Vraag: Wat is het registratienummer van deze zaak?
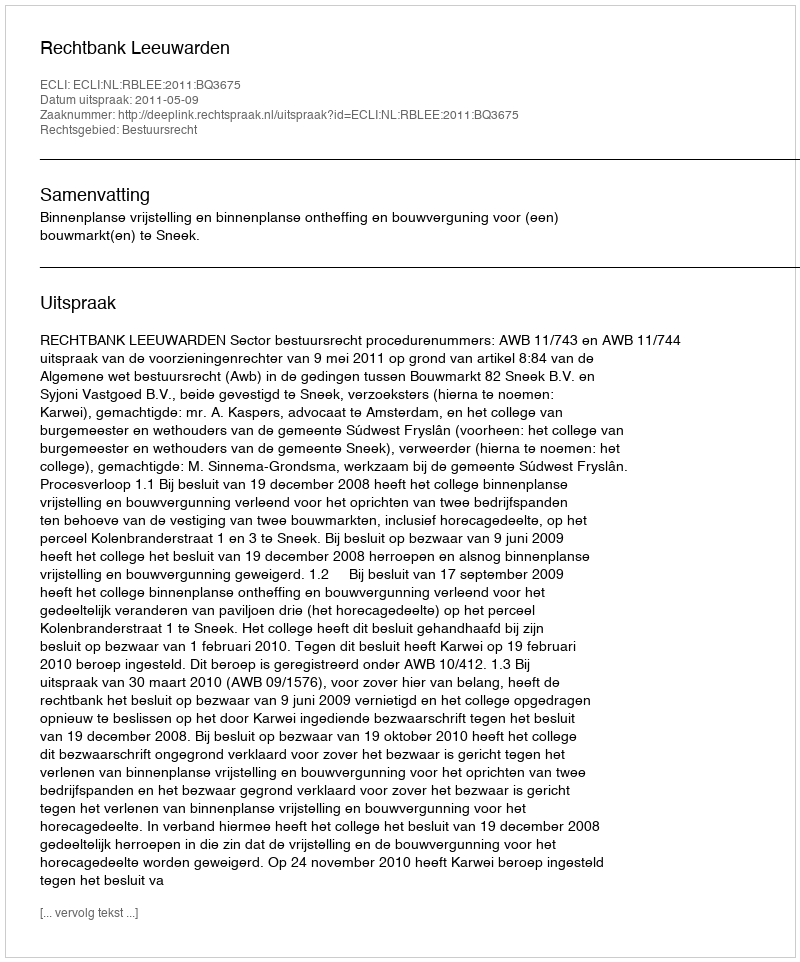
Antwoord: http://deeplink.rechtspraak.nl/uitspraak?id=ECLI:NL:RBLEE:2011:BQ3675